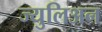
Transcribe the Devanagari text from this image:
ज्युलिअन